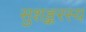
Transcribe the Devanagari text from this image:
सुशङ्करस्य